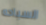
السباحه